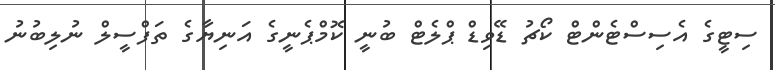
ސިޓީގެ އެސިސްޓެންޓް ކޯޗު ޑޭވިޑް ޕްލެޓް ބުނީ ކޮމްޕެނީގެ އަނިޔާގެ ތަފްސީލް ނުލިބުނު